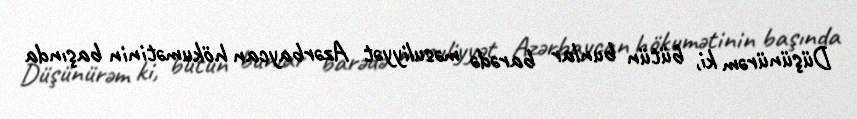
Düşünürəm ki, bütün bunlar barədə məsuliyyət Azərbaycan hökumətinin başında